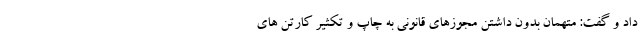
داد و گفت: متهمان بدون داشتن مجوزهای قانونی به چاپ و تکثیر کارتن های